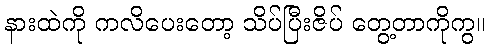
နားထဲကို ကလိပေးတော့ သိပ်ပြီးဇိပ် တွေ့တာကိုကွ။